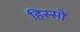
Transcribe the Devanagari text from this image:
हिस्‍सों